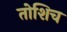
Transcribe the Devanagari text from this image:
तोशिच